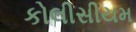
કોલીસીયમ